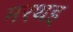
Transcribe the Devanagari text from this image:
मरथइ